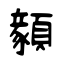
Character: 顡